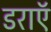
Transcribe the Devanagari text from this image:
डराएॅ